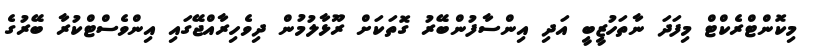
މިކޮންޓްރެކްޓް މިފަދަ ނާތަހުޒީބީ އަދި އިންސާފުންބޭރު ގޮތަކަށް ރޫޅާލުމުން ދިވެހިރާއްޖޭގައި އިންވެސްޓްކުރާ ބޭރުގެ